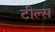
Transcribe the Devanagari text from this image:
टील्स